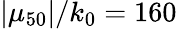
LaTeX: |\mu_{50}|/k_{0}=160